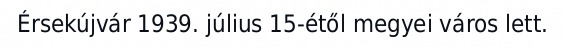
Érsekújvár 1939. július 15-étől megyei város lett.